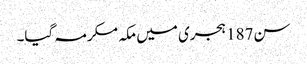
سن187 ہجری میں مکہ مکرمہ گیا۔